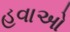
હવાઓ